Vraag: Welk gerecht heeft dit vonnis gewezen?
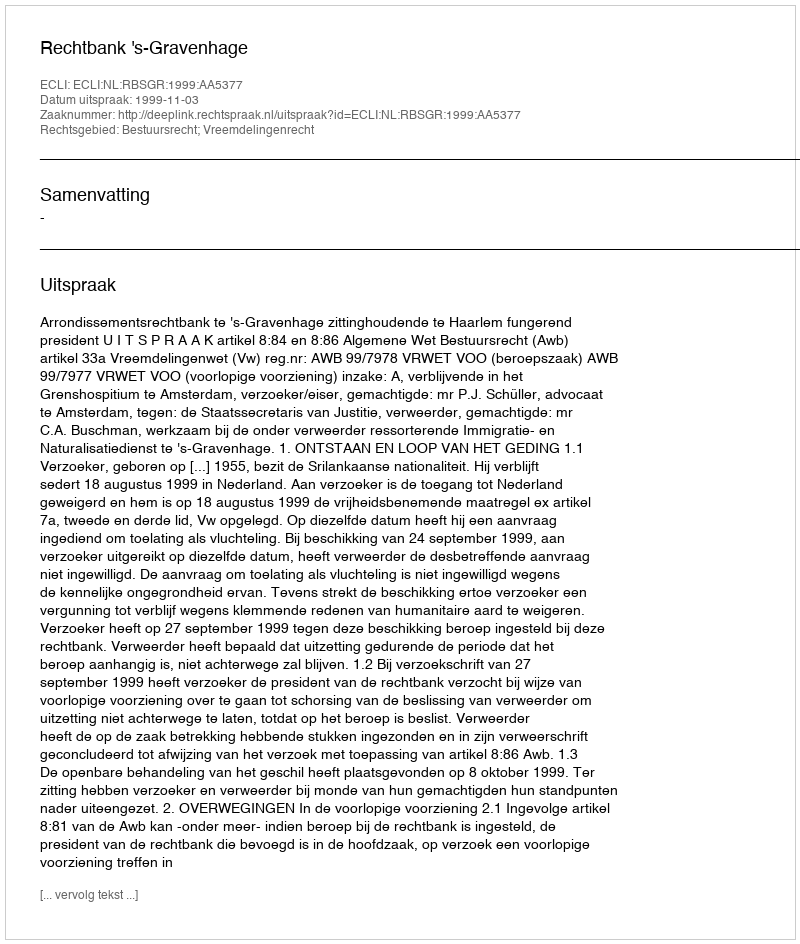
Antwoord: Rechtbank 's-Gravenhage